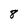
Character: 8